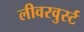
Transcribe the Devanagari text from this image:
लीवरवुर्स्ट